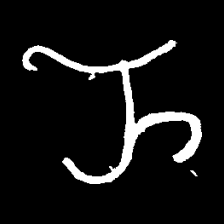
Pyu character \u2014 Myanmar letter: ည (romanized: nya)